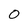
Character: 0